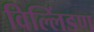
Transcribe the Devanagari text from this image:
विल्लिंडण